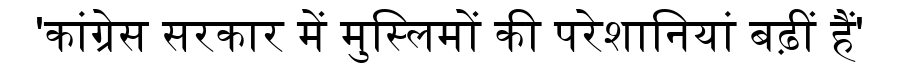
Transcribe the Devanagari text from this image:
'कांग्रेस सरकार में मुस्लिमों की परेशानियां बढ़ीं हैं'